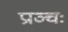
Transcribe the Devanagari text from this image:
प्राञ्चः